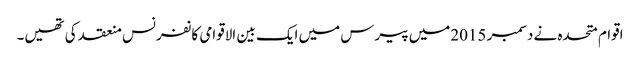
اقوام متحدہ نے دسمبر 2015میں پیرس میں ایک بین الاقوامی کانفرنس منعقد کی تھیں۔